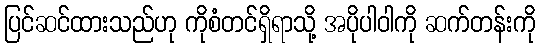
ပြင်ဆင်ထားသည်ဟု ကိုစံတင်ရှိရာသို့ အပိုပါဝါကို ဆက်တန်းကို